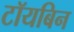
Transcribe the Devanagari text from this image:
टॉयबिन